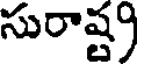
సురాష్ట్ర